Lunatic asylums Central Provinces reports 1895-1909 - 1895-1909
Year: 1895
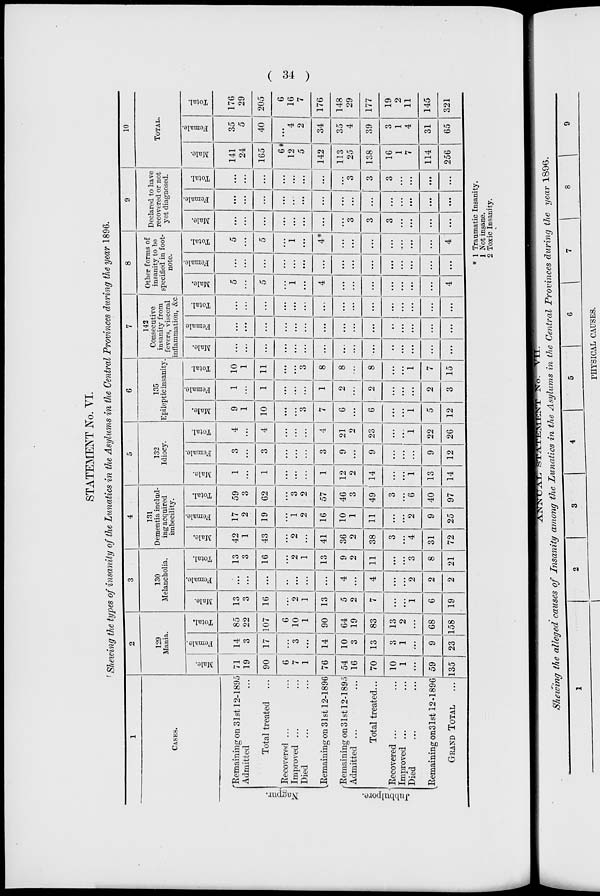
34
STATEMENT No. VI.
Shewing the types of insanity of the Lunatics in the Asylums in the Central Provinces during the year 1896.
1
CASES.
Nagpur.
Jubbulpore.
Remaining on 31st 12-1895
Admitted ...
Total treated...
Recovered ... ...
Improved ... ...
Died... ...
Remaining on 31st 12-1896
Remaining on 31st 12-1895
Admitted ... ...
Total treated...
Recovered ... ...
Improved ... ...
Died... ...
Remaining on 31st 12-1896
GRAND TOTAL ...
2
129
Mania.
Male.
71
19
90
6
7
1
76
54
16
70
10
1
...
59
35
Female.
14
3
17
...
3
...
14
10
3
13
3
1
...
9
23
Total.
85
22
107
6
]0
1
90
64
19
83
13
2
...
68
158
3
130
Melancholia.
Male.
13
3
16
...
2
1
13
5
2
7
...
...
1
6
19
Female.
...
...
...
...
...
...
...
4
...
4
...
...
2
2
2
Total.
13
3
16
...
2
1
13
9
2
11
...
...
3
8
21
4
131
Dementia includ-
ing acquired
imbecility.
Male.
42
1
43
...
2
...
41
36
2
38
3
...
4
31
72
Female.
17
2
19
...
1
2
16
10
1
11
...
...
2
9
25
Total.
59
3
62
...
3
2
57
46
3
49
3
...
6
40
97
5
132
Idiocy.
Male.
1
...
1
...
...
...
1
12
2
14
...
1
13
14
Female.
3
...
3
...
...
...
3
9
...
9
...
...
...
9
12
Total.
4
...
4
...
...
...
4
21
2
23
...
...
1
22
26
6
135
Epileptic insanity
Male.
9
1
10
...
...
3
7
6
...
6
...
...
1
5
12
Female.
1
...
1
...
...
...
1
2
...
2
...
...
...
2
3
Total.
10
1
11
...
...
3
8
8
...
8
...
...
1
7
15
7
142
Consecutive
insanity from
fevers, visceral
inflammation, &c
Male.
...
...
...
...
...
...
...
...
...
...
...
...
...
...
...
Female
...
...
...
...
...
...
...
...
...
...
...
...
...
...
...
Total.
...
...
...
...
...
...
...
...
...
...
...
...
...
...
...
8
Other forms of
insanity to be
specified in foot-
note.
Male.
5
...
5
...
1
...
4
...
...
...
...
...
...
...
4
Female.
...
...
...
...
...
...
...
...
...
...
...
...
...
...
...
Total.
5
...
5
...
1
...
4*
...
...
...
...
...
...
...
4
9
Declared to have
recovered or not
yet diagnosed.
Male.
...
...
...
...
...
...
...
...
3
3
3
...
...
...
...
Female.
...
...
...
...
...
...
...
...
...
...
...
...
...
...
...
Total.
...
...
...
...
...
...
...
...
3
3
3
...
...
...
...
10
TOTAL.
Male.
141
24
165
6
12
5
142
113
25
138
16
1
7
114
256
Female.
35
5
40
...
4
2
34
35
4
39
3
1
4
31
65
Total.
176
29
205
6
16
7
176
148
29
177
19
2
11
145
321
* 1 Traumatic Insanity.
1 Not insane.
2 Toxic Insanity.